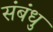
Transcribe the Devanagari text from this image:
संबंधु